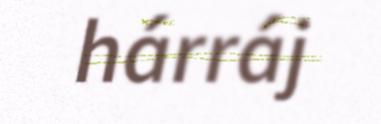
hárráj